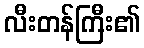
လီးတန်ကြီး၏